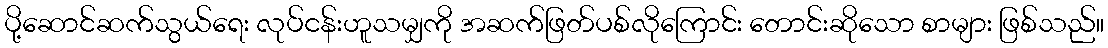
ပို့ဆောင်ဆက်သွယ်ရေး လုပ်ငန်းဟူသမျှကို အဆက်ဖြတ်ပစ်လိုကြောင်း တောင်းဆိုသော စာများ ဖြစ်သည်။